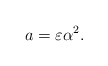
\begin{align*}a= \varepsilon \alpha^2. \end{align*}